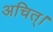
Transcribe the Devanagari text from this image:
अचित्‌।